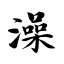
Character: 澡